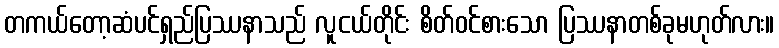
တကယ်တော့ဆံပင်ရှည်ပြဿနာသည် လူငယ်တိုင်း စိတ်ဝင်စားသော ပြဿနာတစ်ခုမဟုတ်လား။